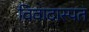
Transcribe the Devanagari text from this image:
विवादास्पत